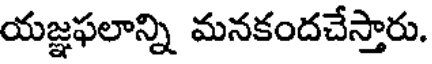
యజ్ఞఫలాన్ని మనకందచేస్తారు.